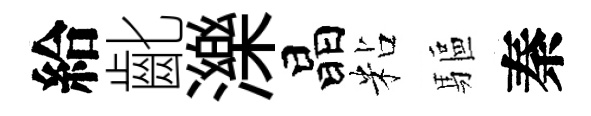
給齔濼晶粘驅秦